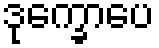
ဒုက္ခောပေ